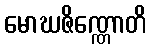
မောဃဇိဏ္ဏောတိ